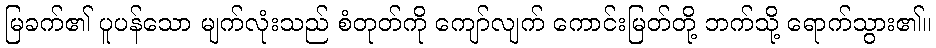
မြခက်၏ ပူပန်သော မျက်လုံးသည် စံတုတ်ကို ကျော်လျက် ကောင်းမြတ်တို့ ဘက်သို့ ရောက်သွား၏။